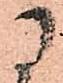
に